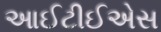
આઈટીઈએસ